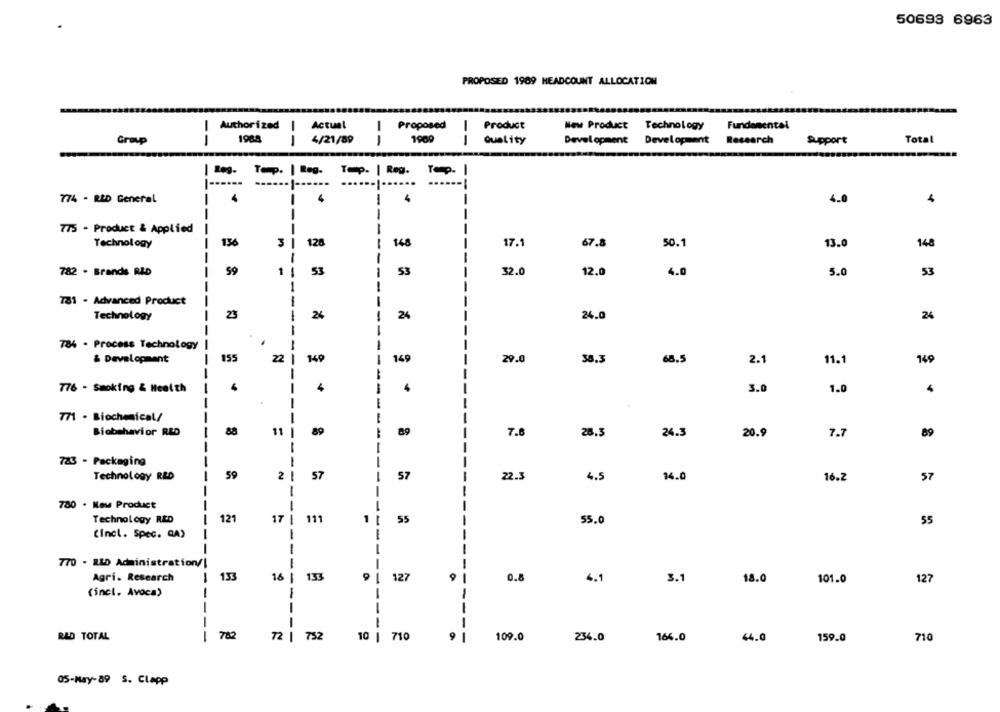
50693 6963
PROPOSED 1989 HEADCOUNT ALLOCATION
Authorized
-
Actual
Proposed
Product
New Product Technology
Fundamental
-
Group
--
1988
4/21/89
--
1989
-
Quality
Development Development Research
Support
Total
| Reg. Temp. | Reg. Temp. | Reg. Temp. |
...
774 - RLD General
1
-
4.0
1
1
--
----
1
775 - Product & Applied
--
136
3
128
17.1
67.8
Technology
148
50.1
13.0
148
--
1
59
32.0
4.0
782 - Brands RID
-
53
12,0
5.0
53
1
781 - Advanced Product
---
Technology
23
-
24
24
24.0
24
-
--
784 . Process Technology
-
& Development
155
22
149
-
149
29.0
38.3
68.5
2.1
11.1
149
---
776 - Smoking & Health
-
4
4
3.0
1.0
4
1
---
771 . Biochemical/
Biobehavior RLD
88
89
89
7.8
28.3
24.3
20.9
7.7
89
--
783 - Packaging
Technology R&D
59
2
57
-
57
22.3
4.5
14.0
16.2
57
-
780 . New Product
-
Technology RED
121
17
1
111
1
55
55.0
55
(incl. Spec. QA)
-
-
-
770 - R&D Administration/!
-
Agri. Research
| 133
16 |
133
127
9
0.8
4.1
3.1
18.0
101.0
127
(incl. Avoca)
-
RAD TOTAL
-
782
72 |
--
752
10
710
9
------
109.0
234.0
164.0
4.0
159.0
710
05-May-89 S. Clapp